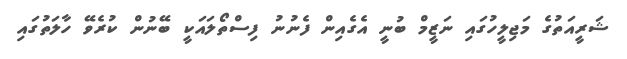
ޝަރީއަތުގެ މަޖިލީހުގައި ނަޒީމް ބުނީ އެގެއިން ފެނުނު ފިސްތޯލައަކީ ބޭނުން ކުރެވޭ ހާލަތުގައި